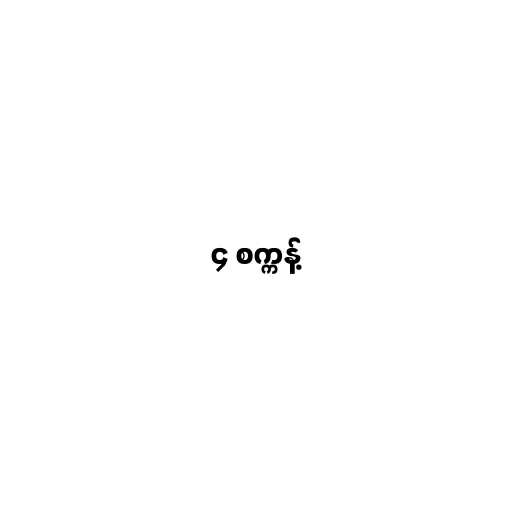
၄ စက္ကန့်